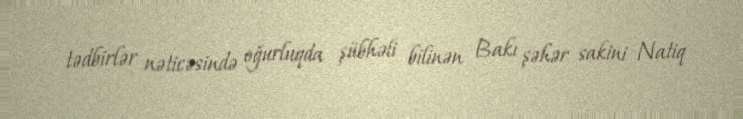
tədbirlər nəticəsində oğurluqda şübhəli bilinən Bakı şəhər sakini Natiq